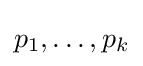
p_{1},\dots ,p_{k}